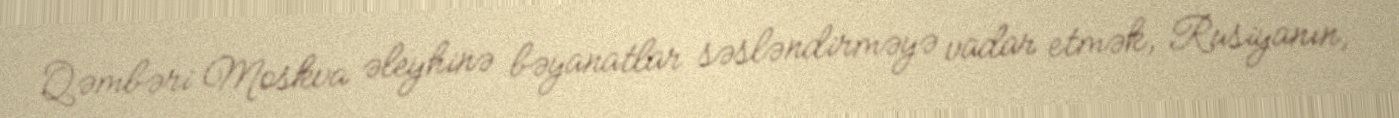
Qəmbəri Moskva əleyhinə bəyanatlar səsləndirməyə vadar etmək, Rusiyanın,